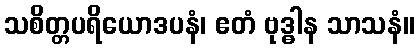
သစိတ္တပရိယောဒပနံ၊ ဧတံ ဗုဒ္ဓါန သာသနံ။